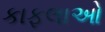
કાફલાઓ